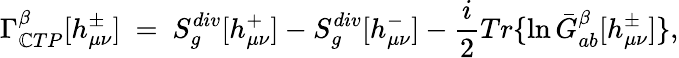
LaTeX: \Gamma_{\mathbb{C}TP}^{\beta}[h_{\mu\nu}^{\pm}]\ =\ S_{g}^{div}[h_{\mu\nu}^{+}]-S_{g}^{div}[h_{\mu\nu}^{-}]-{\frac{{i}}{{2}}}Tr\{ \ln\bar{{G}}_{ab}^{\beta}[h_{\mu\nu}^{\pm}]\} ,